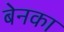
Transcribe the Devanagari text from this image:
बेनका